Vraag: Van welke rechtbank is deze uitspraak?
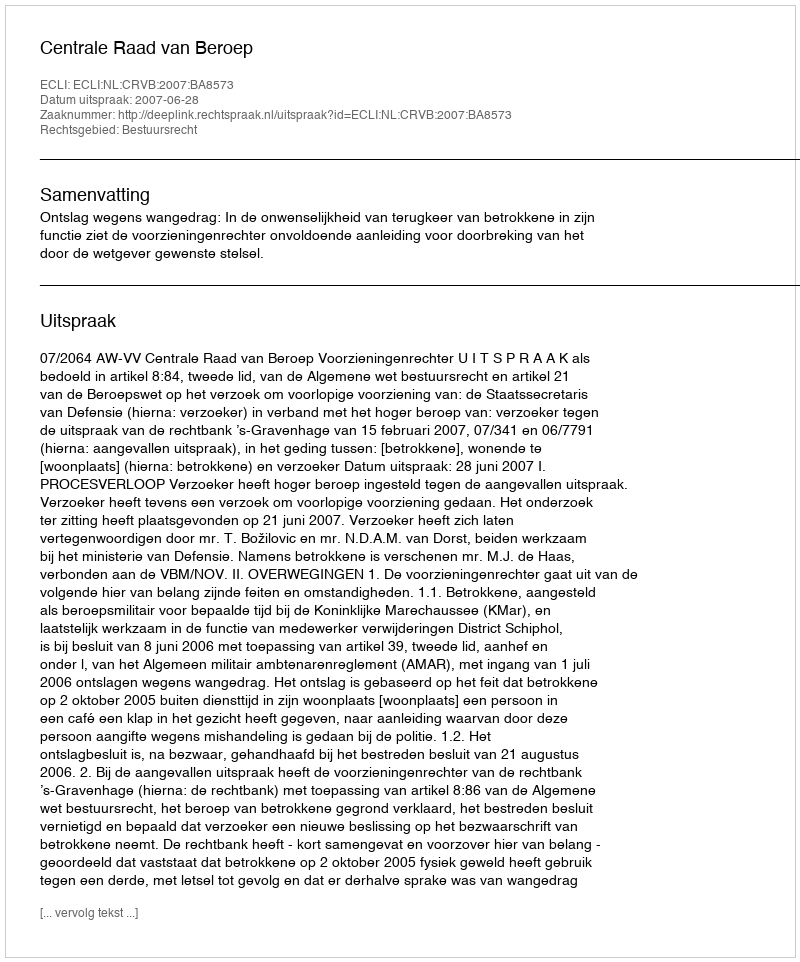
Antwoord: Centrale Raad van Beroep